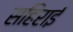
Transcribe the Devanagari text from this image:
सहिराई